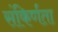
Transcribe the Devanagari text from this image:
संकिर्णता